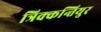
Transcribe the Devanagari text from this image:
त्रिक्कन्तियुर